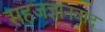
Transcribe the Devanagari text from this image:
सहजज्ञानवाद